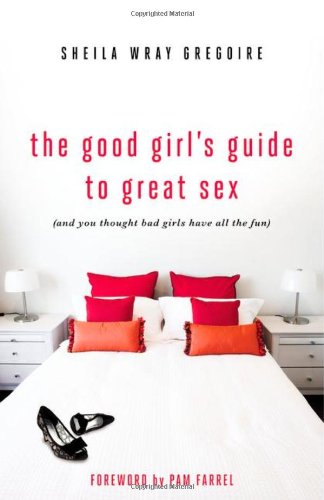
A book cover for The Good Girl's Guide to Great Sex: (And You Thought Bad Girls Have All the Fun); Sheila Wray Gregoire; Christian Books & Bibles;